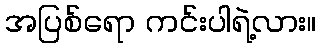
အပြစ်ရော ကင်းပါရဲ့လား။